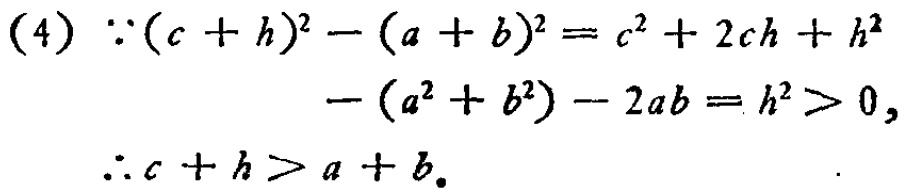
(4) \(\because(c + h)^{2}-(a + b)^{2}=c^{2}+2ch + h^{2}-(a^{2}+b^{2})-2ab = h^{2}>0,\)

\(\therefore c + h>a + b.\)